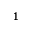
^ 1